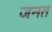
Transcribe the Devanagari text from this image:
जनत